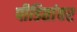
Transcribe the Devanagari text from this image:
पीडितांवर